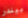
بيندر